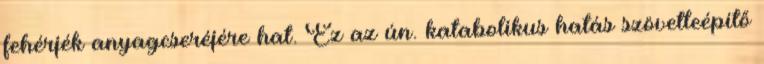
fehérjék anyagcseréjére hat. Ez az ún. katabolikus hatás szövetleépítő